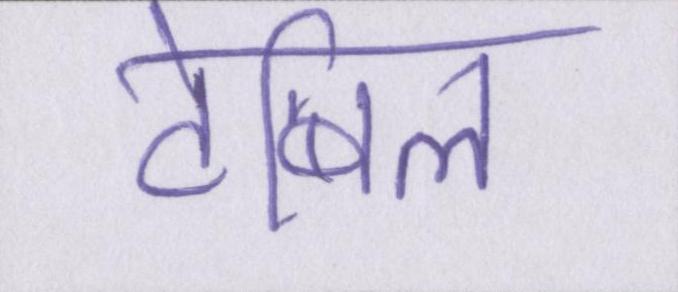
टेबिल